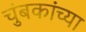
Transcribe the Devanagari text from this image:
चुंबकांच्या